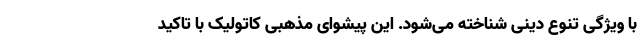
با ویژگی تنوع دینی شناخته می‌شود. این پیشوای مذهبی کاتولیک با تاکید